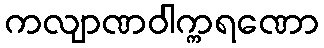
ကလျာဏဝါက္ကရဏော